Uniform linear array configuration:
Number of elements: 64
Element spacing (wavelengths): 0.25
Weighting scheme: hamming
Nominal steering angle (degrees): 45
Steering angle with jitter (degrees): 44.512
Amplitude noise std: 0.05
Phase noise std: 0.05

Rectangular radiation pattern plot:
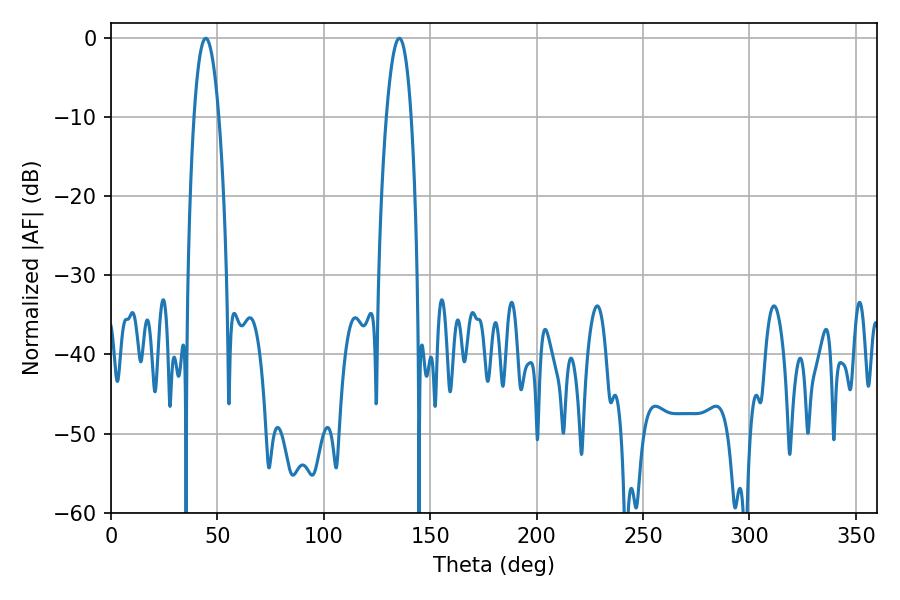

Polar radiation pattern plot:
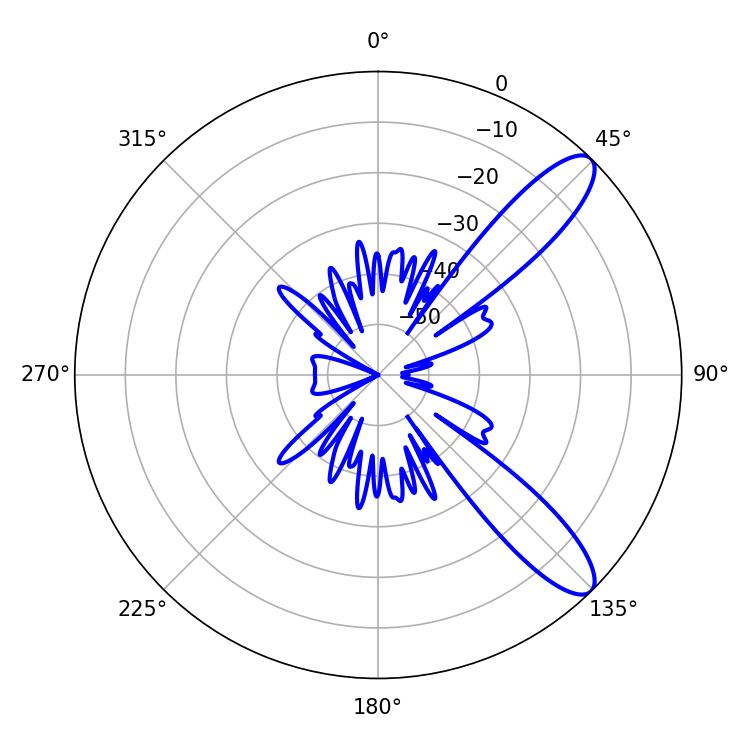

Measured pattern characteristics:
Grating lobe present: FALSE
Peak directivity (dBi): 10.706
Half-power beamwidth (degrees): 6.48
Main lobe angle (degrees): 44.46